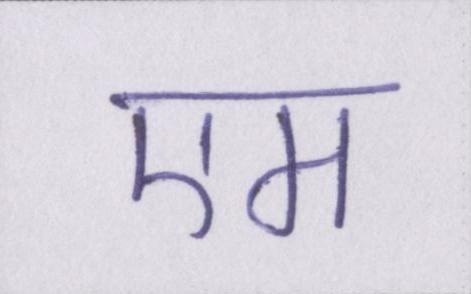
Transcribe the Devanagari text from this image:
एम